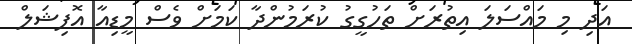
އަދި މި މައްސަލަ އިތުރަށް ތަހުގީގު ކުރަމުންދާ ކަމަށް ވެސް މީޑިއާ އޮފިޝަލް